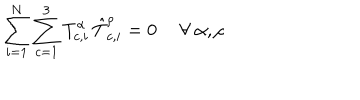
LaTeX: \sum _ { i = 1 } ^ { N } \sum _ { c = 1 } ^ { 3 } { T } _ { c , i } ^ { \alpha } \, { \hat { T } } _ { c , i } ^ { \rho } = 0 \ \forall \ \alpha , \rho